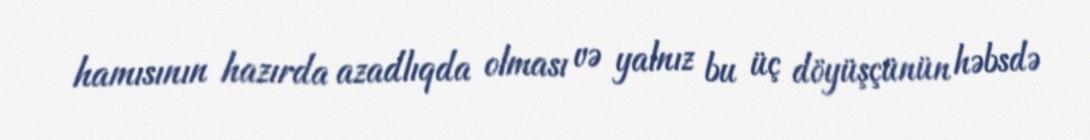
hamısının hazırda azadlıqda olması və yalnız bu üç döyüşçünün həbsdə